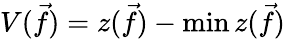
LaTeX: V(\vec{f})=z(\vec{f})-\operatorname*{min}z(\vec{f})